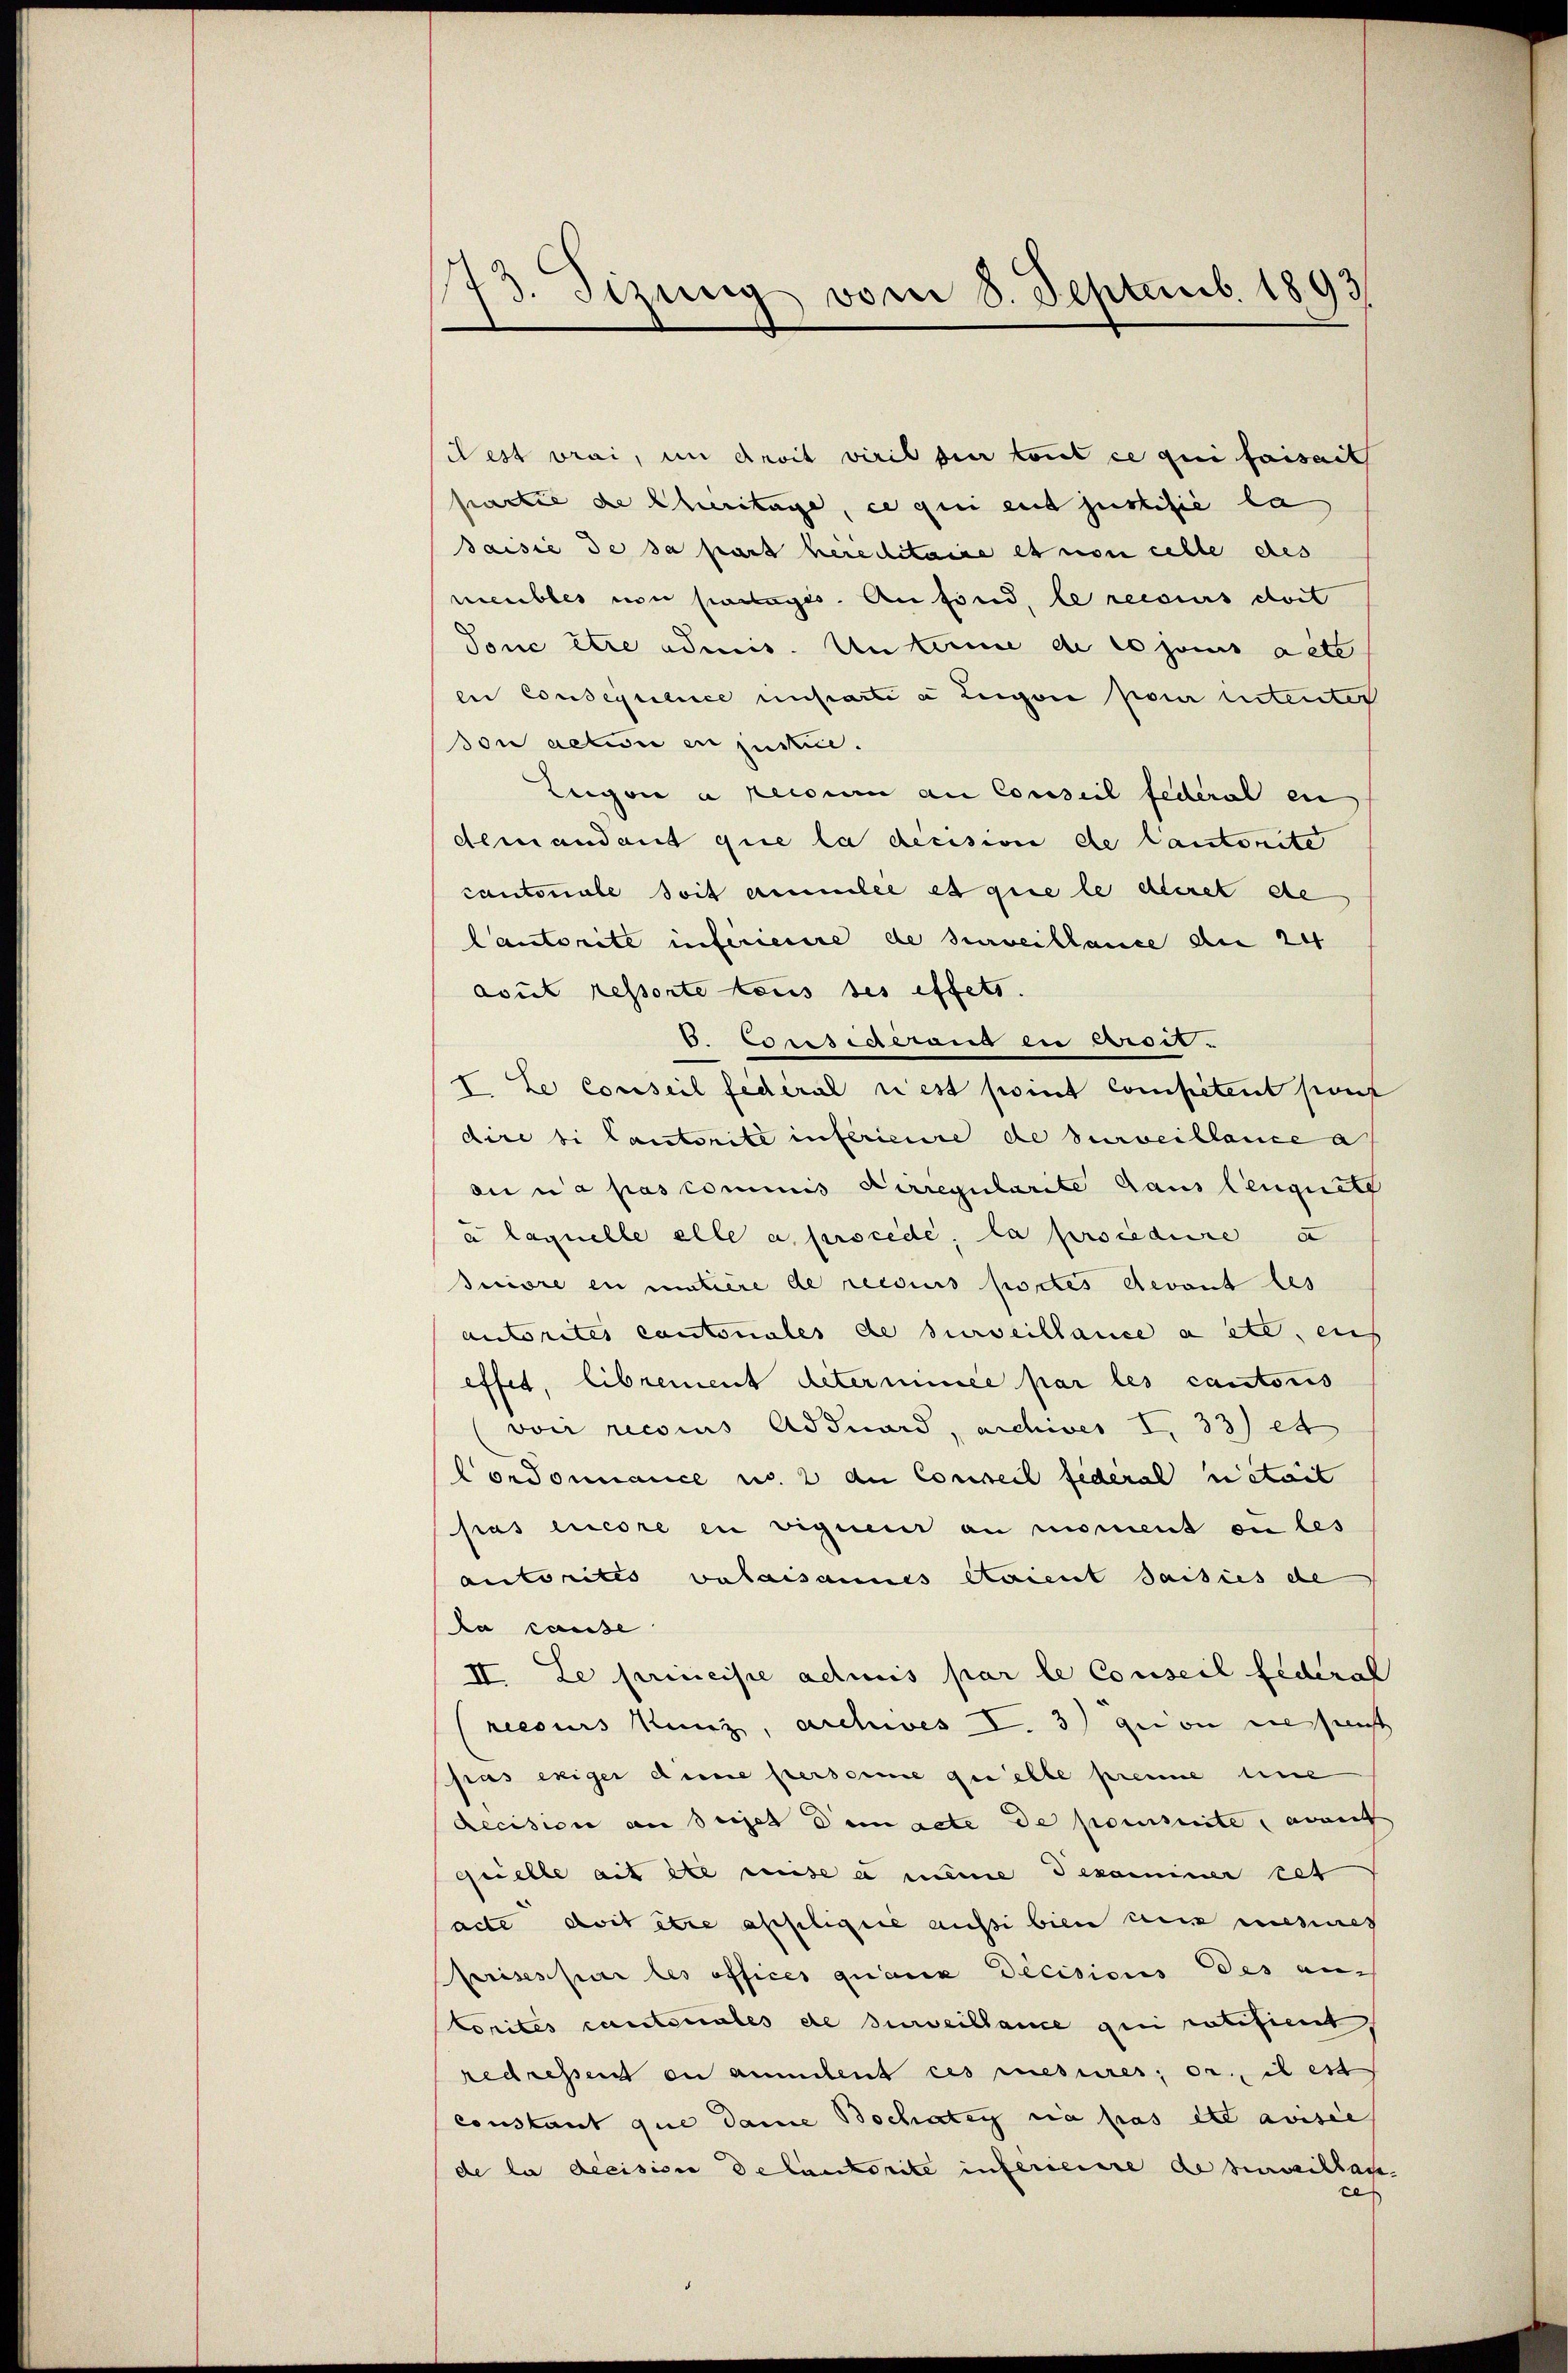
73. Sizung vom 8. Septemb. 1893

dest vrai, im droit viril sie tout ce qui faisait
partie de Churitage, ce qui eut justifié la
saisie de sa part hereditaire et non celle des
meubles von sollegis. An sind, le recours dort
Tonc être admis. Unterne de la jouis acte
en Consesschrice unstarte a legen pour ententer
don action en justice.
Legen a peccun an Conseil federal en
demandant que la decision de Cantonite
cautoriale soit animilie es que le deret de
Cautorite inferienire de surveillance am 24
avut ressorte aus des effets.
6. Considérant in droit.
I. Le conseil fédéral rest point competent pour
dire si lautorité inferieure de surveillance a
anea pas commis dirregularite dans leugnete
à laquelle alle a. procédé, la procedure a
suiore en mutiere de reesius portes devant les
autorites cantonales de surveillance a etc. aus
effet, librement déterminée par les cautoris
von reconus Adduard, archives I 33) et
Cordonnance u. 2 an Conseil fideral vietail
pas encore in vigner an riment ou les
autorites valaisannes Raient saisies de
da cause
IV. Le principe admis par le Conseil Federal
reesurs Kunz, aschwes V. 3) qui on diesent
pras exiger diene Persore quelle prenne eine
Recision an Sujet dem acte de posite, avant
quelle ait ste weise a meine dekaminer cet
acte doit être asseligiie aussi bien aus mesures
Prises par les offices quana Decisions des auch
Corités canteriales de surveillance qui ratifient
redressent en annitent ces mesures; er, il est
constant que Dame Bochatey sia pas et avisie
de la decision de lautorite inferierere de surveillac
ce